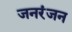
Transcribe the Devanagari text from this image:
जनरंजन